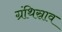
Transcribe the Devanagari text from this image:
ग्रंथिस्राव